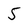
Character: 5